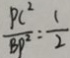
\frac { P C ^ { 2 } } { B P ^ { 2 } } = \frac { 1 } { 2 }